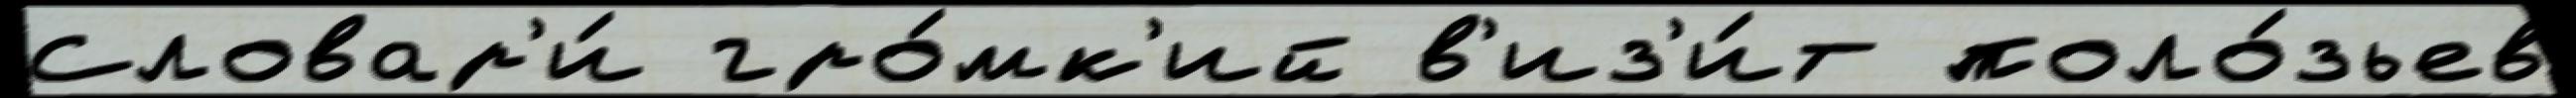
Словар'и́ гро́мк'ий в'из'и́т поло́зьев